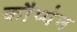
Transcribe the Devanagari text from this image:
कौप्पेन